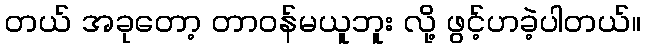
တယ် အခုတော့ တာဝန်မယူဘူး လို့ ဖွင့်ဟခဲ့ပါတယ်။